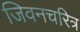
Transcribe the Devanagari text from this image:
जिवनचरित्र